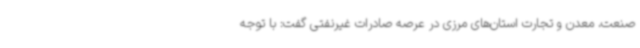
صنعت، معدن و تجارت استان‌های مرزی در عرصه صادرات غیرنفتی گفت: با توجه